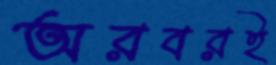
অরবরই